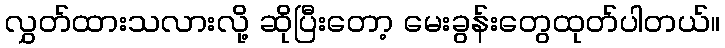
လွှတ်ထားသလားလို့ ဆိုပြီးတော့ မေးခွန်းတွေထုတ်ပါတယ်။